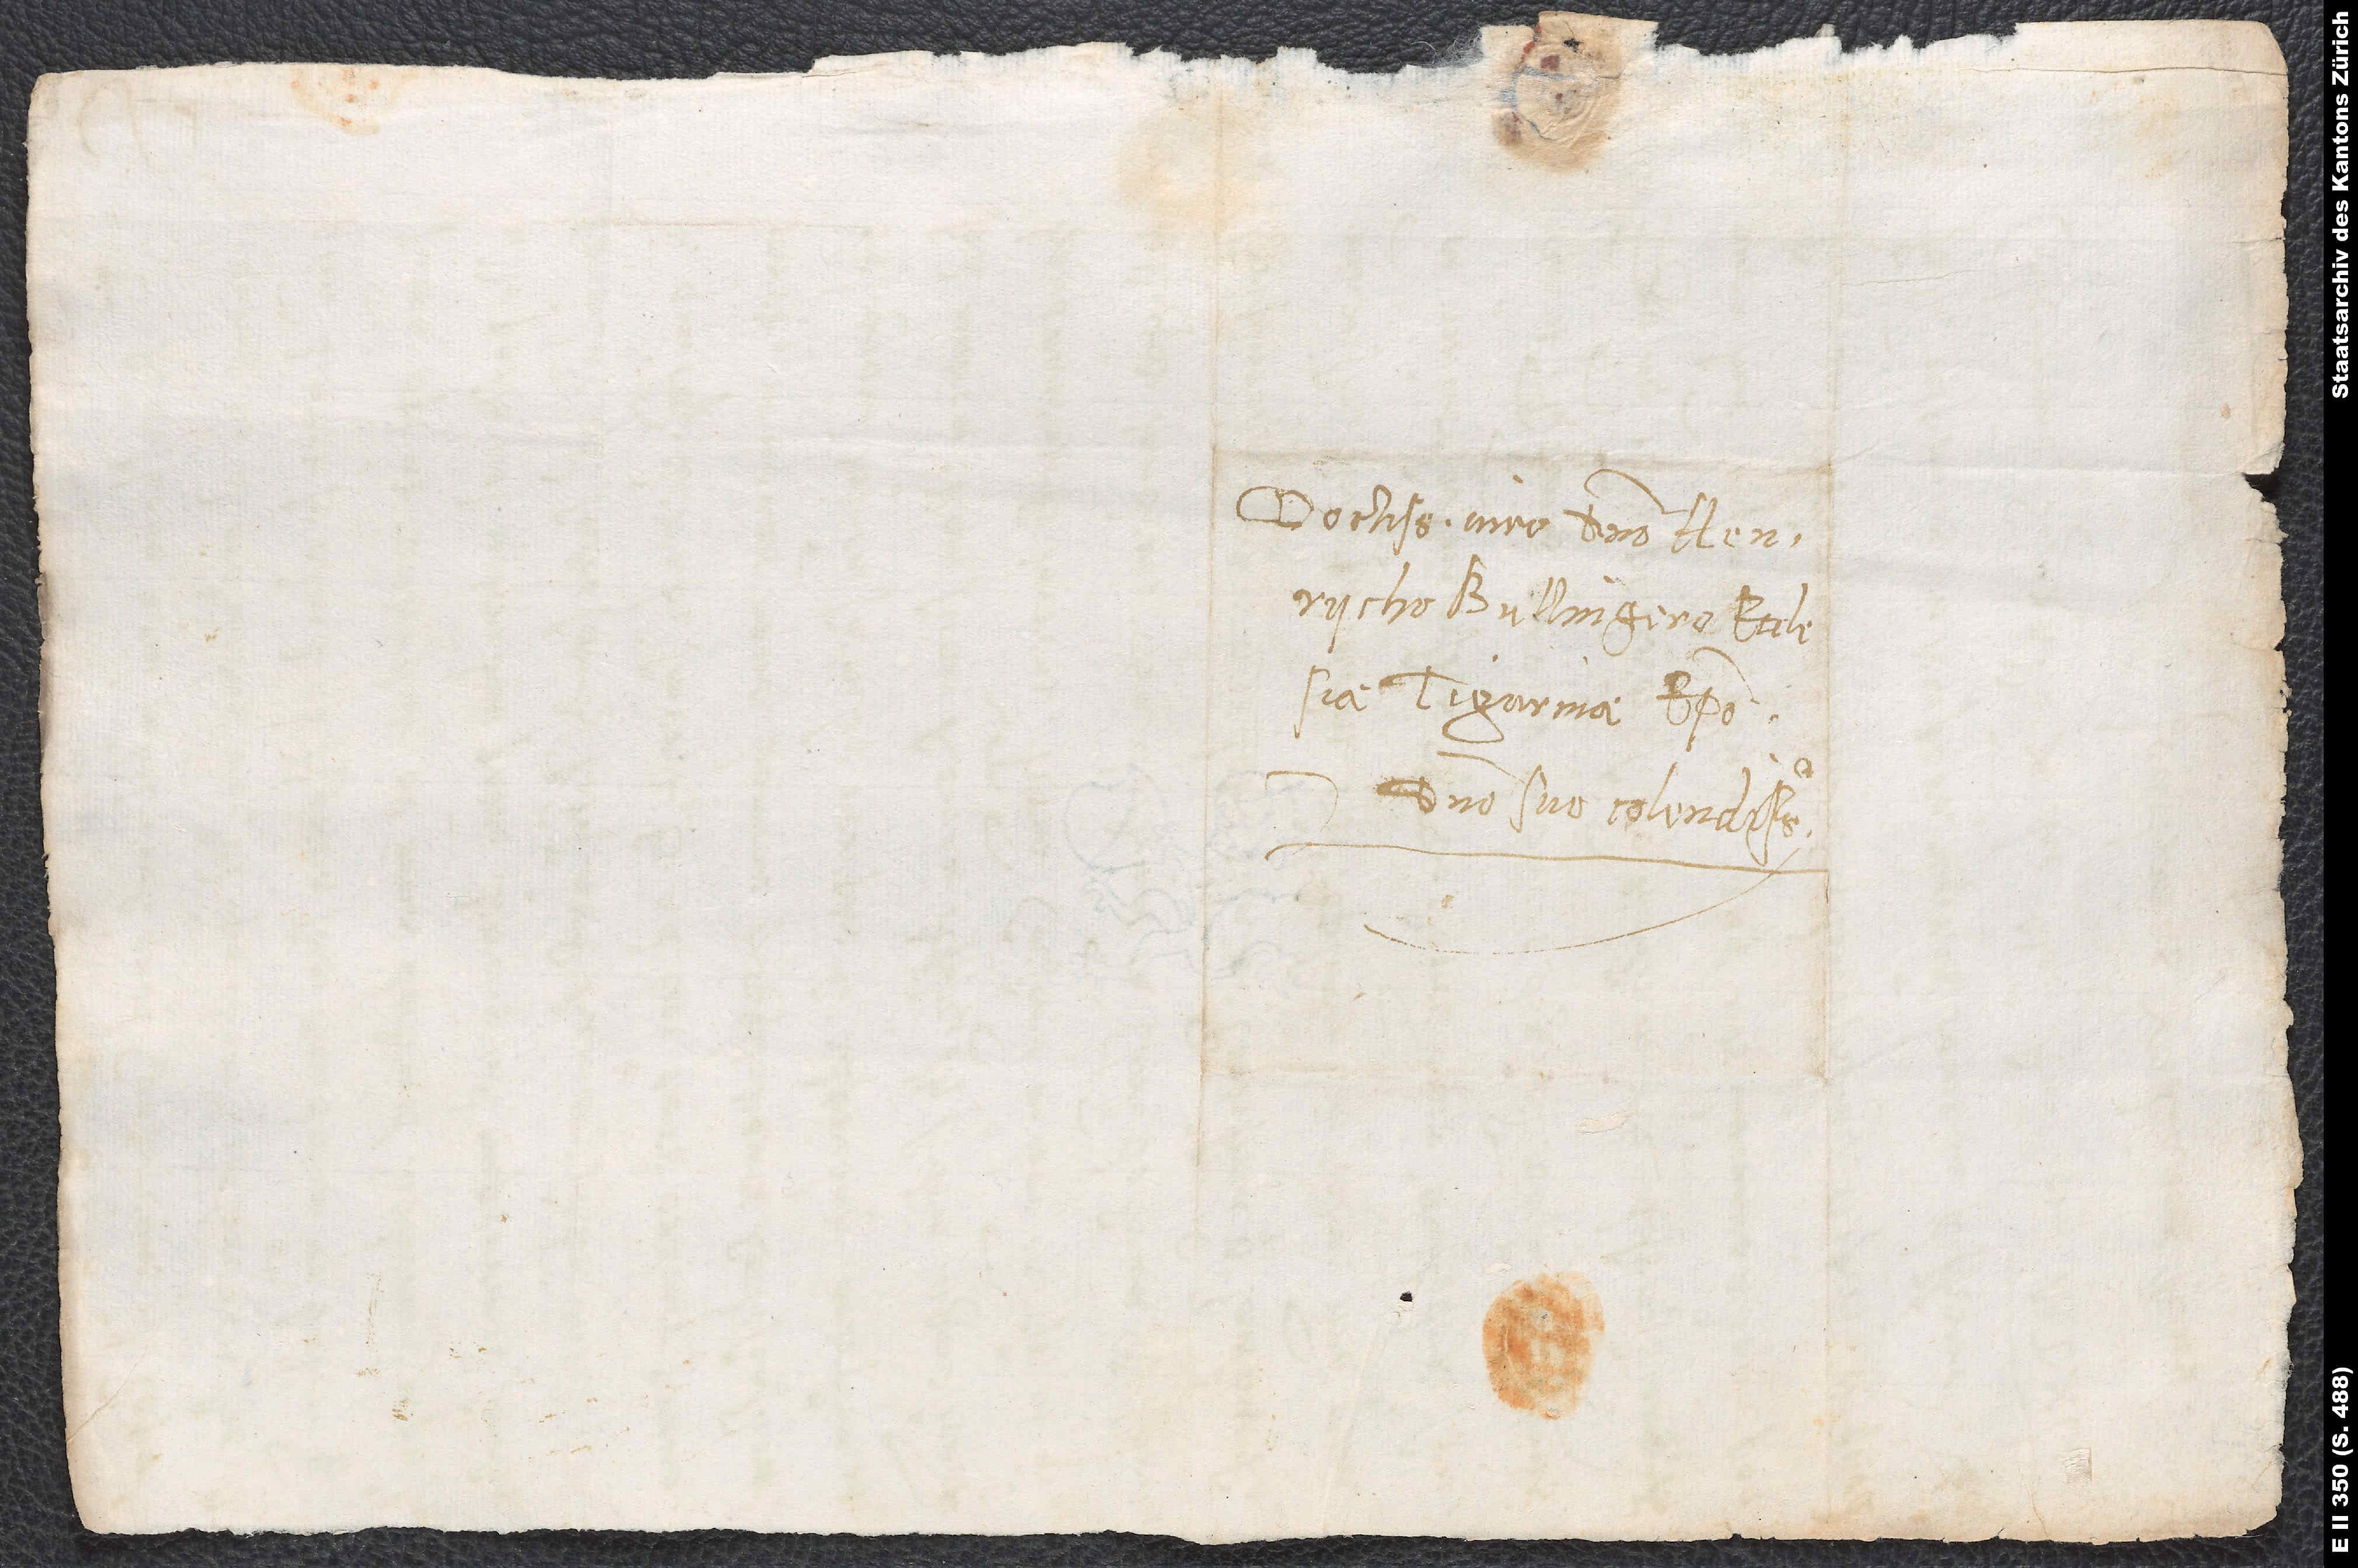
Doctissimo viro domino Henrycho
Bullingero, ecclesiae
Tigurinae episcopo,
domino suo colendissimo.